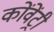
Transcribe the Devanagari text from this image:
कोंवेंट्री